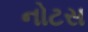
નોટસ